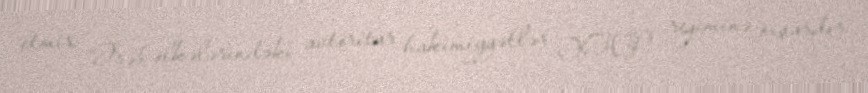
etmir: “Ərəb ölkələrindəki avtoritar hakimiyyətlər YAP rejiminə oxşardır.